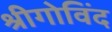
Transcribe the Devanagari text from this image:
श्रीगोविंद